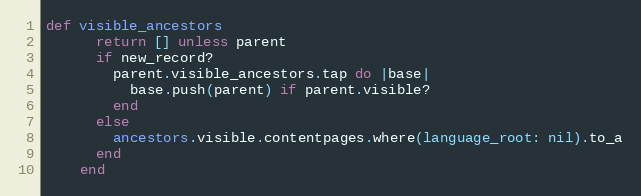
Language: Ruby
def visible_ancestors
      return [] unless parent
      if new_record?
        parent.visible_ancestors.tap do |base|
          base.push(parent) if parent.visible?
        end
      else
        ancestors.visible.contentpages.where(language_root: nil).to_a
      end
    end